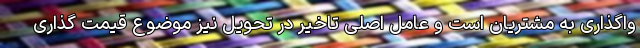
واگذاری به مشتریان است و عامل اصلی تاخیر در تحویل نیز موضوع قیمت گذاری